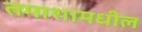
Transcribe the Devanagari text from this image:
तमाशामधील